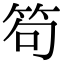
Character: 笱